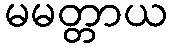
မမတ္တာယ